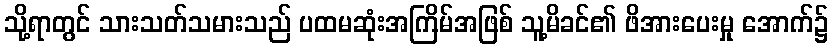
သို့ရာတွင် သားသတ်သမားသည် ပထမဆုံးအကြိမ်အဖြစ် သူ့မိခင်၏ ဖိအားပေးမှု အောက်၌